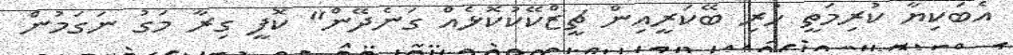
އެބަކިޔާ ކުރިމަތީ ހުރި ބޭކަރީއިން ޗީޒްކޭކުކޮޅެއް ގަނެދޭން" ކޮފީ ގިރާ މަގު ނަގަމުން